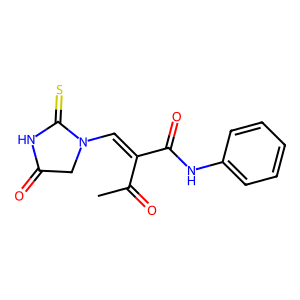
SMILES: CC(=O)C(=CN1CC(=O)NC1=S)C(=O)Nc1ccccc1
Inhibits HIV replication: No